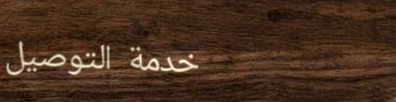
خدمة التوصيل